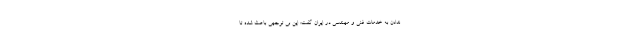
ندادن به خدمات فنی و مهندسی در ایران گفت: این بی توجهی باعث شده تا